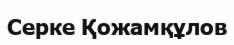
Серке Қожамқұлов